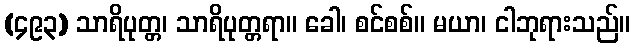
(၄၉၃) သာရိပုတ္တ၊ သာရိပုတ္တရာ။ ခေါ၊ စင်စစ်။ မယာ၊ ငါဘုရားသည်။